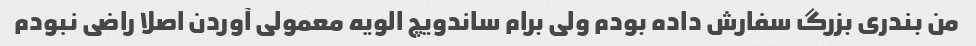
من بندری بزرگ سفارش داده بودم ولی برام ساندویچ الویه معمولی آوردن اصلا راضی نبودم